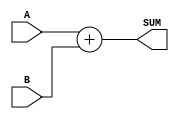
module FULL_ADDER(A, B, SUM);
    input A, B;
    output SUM;
	 
	 reg SUM;

    always @(A, B)
    SUM = A + B;
endmodule